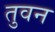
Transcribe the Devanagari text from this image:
तुवन